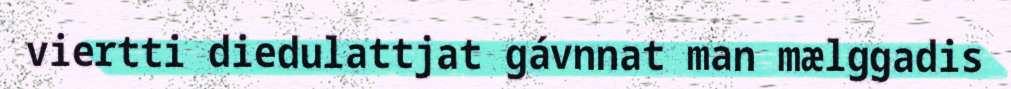
viertti diedulattjat gávnnat man mælggadis